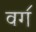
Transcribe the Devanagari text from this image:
वग॔